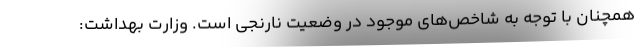
همچنان با توجه به شاخص‌های موجود در وضعیت نارنجی است. وزارت بهداشت: